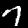
Label: 7